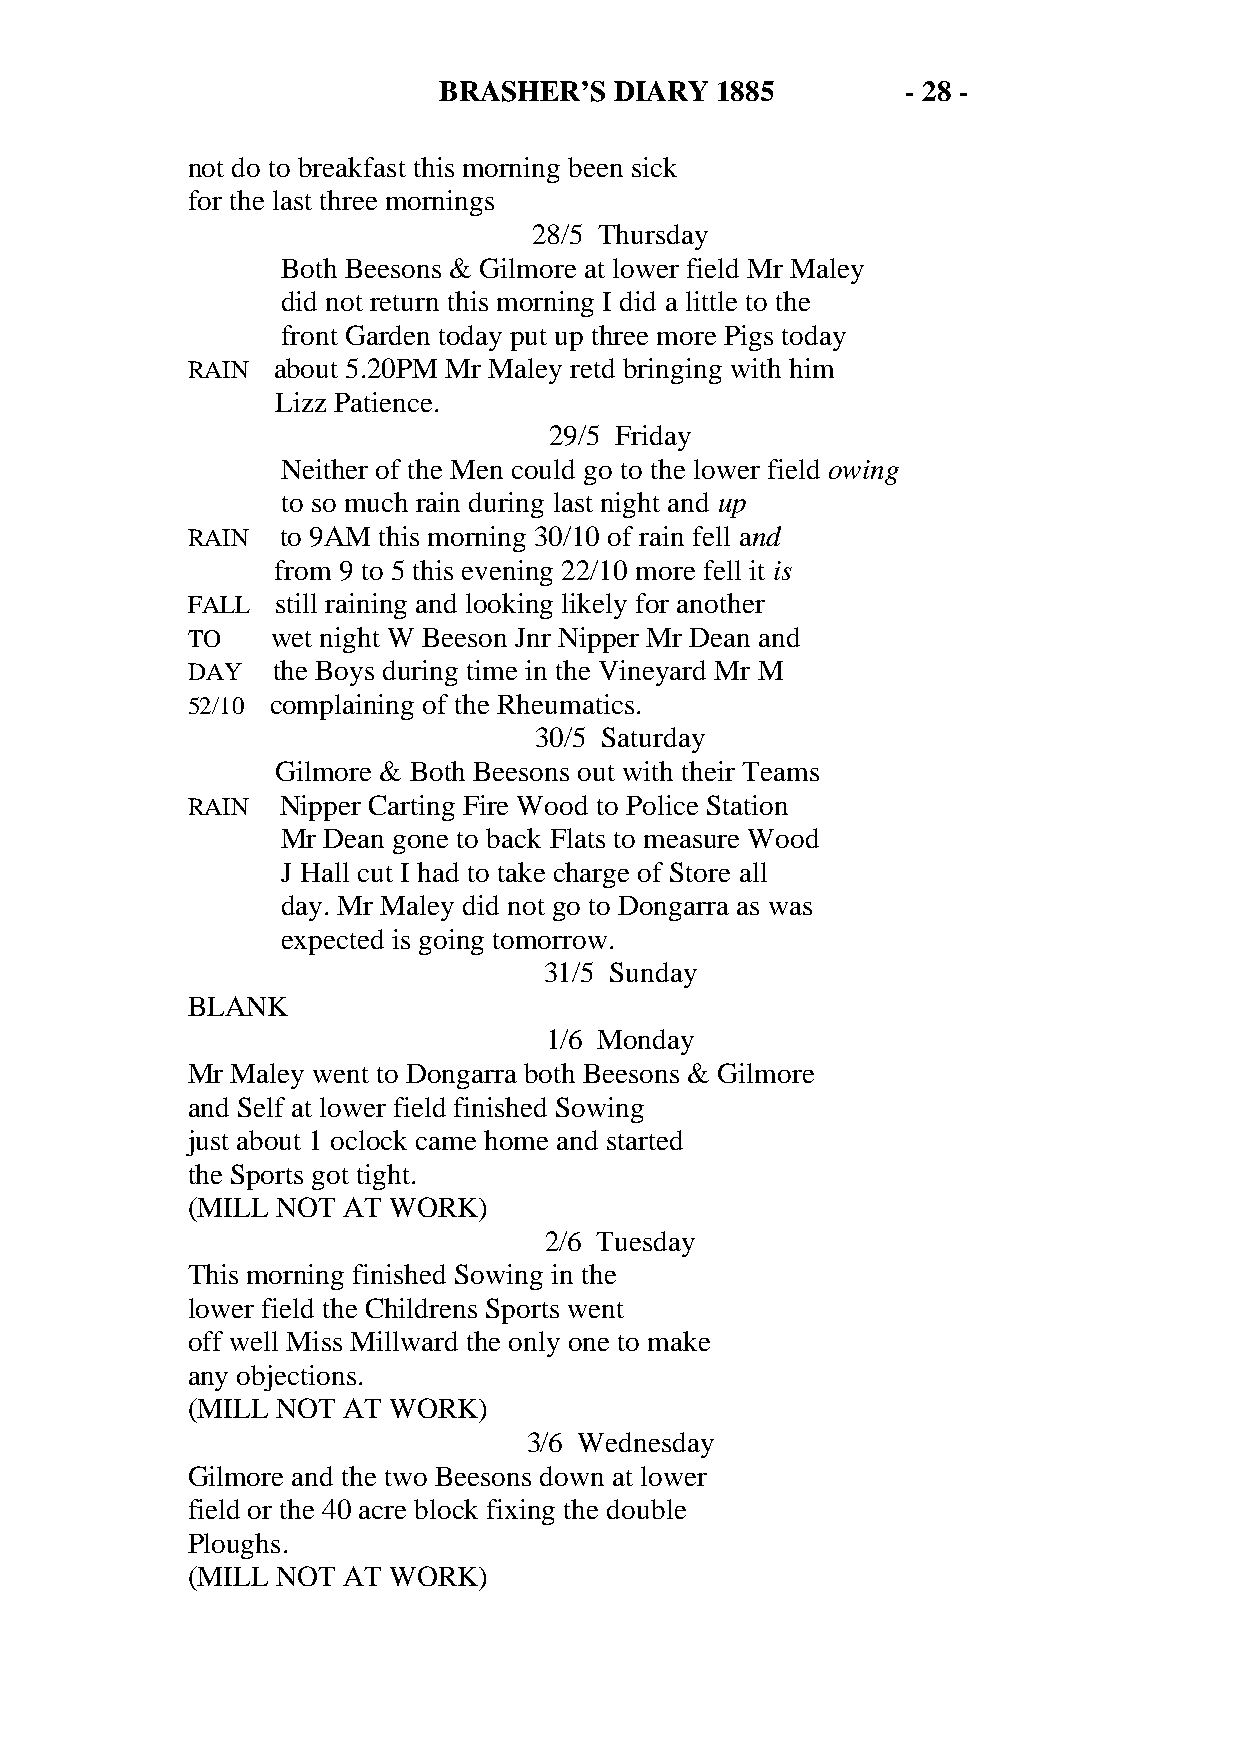
BRASHER’S   DIARY 1885         - 28 -
 not do to breakfast this morning been sick
 for the last three mornings
 28/5 Thursday
 Both Beesons & Gilmore at lower field Mr Maley
 did not return this morning I did a little to the
 front Garden today put up three more Pigs today
 RAIN  about 5.20PM Mr Maley retd bringing with him
 Lizz Patience.
 29/5 Friday
 Neither of the Men could go to the lower field owing
 to so much rain during last night and up
 RAIN   to 9AM this morning 30/10 of rain fell and
 from 9 to 5 this evening 22/10 more fell it is
 FALL  still raining and looking likely for another
 TO    wet night W Beeson Jnr Nipper Mr Dean and
 DAY   the Boys during time in the Vineyard Mr M
 52/10 complaining of the Rheumatics.
 30/5 Saturday
 Gilmore & Both Beesons out with their Teams
 RAIN   Nipper Carting Fire Wood to Police Station
 Mr Dean gone to back Flats to measure Wood
 J Hall cut I had to take charge of Store all
 day. Mr Maley did not go to Dongarra as was
 expected is going tomorrow.
 31/5 Sunday
 BLANK
 1/6 Monday
 Mr Maley went to Dongarra both Beesons & Gilmore
 and Self at lower field finished Sowing
 just about 1 oclock came home and started
 the Sports got tight.
 (MILL NOT  AT WORK)
 2/6 Tuesday
 This morning finished Sowing in the
 lower field the Childrens Sports went
 off well Miss Millward the only one to make
 any objections.
 (MILL NOT  AT WORK)
 3/6 Wednesday
 Gilmore and the two Beesons down at lower
 field or the 40 acre block fixing the double
 Ploughs.
 (MILL NOT  AT WORK)